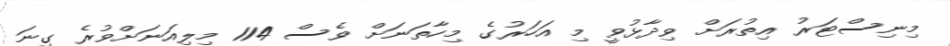
މިނިސްޓަރު އިތުރަށް ވިދާޅުވީ މި އަހަރުގެ މިހާތަނަށް ވެސް 114 މިލިއަނަށްވުރެ ގިނަ